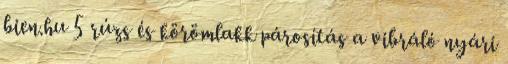
bien.hu 5 rúzs és körömlakk párosítás a vibráló nyári